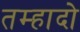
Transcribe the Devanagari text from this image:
तम्हादो